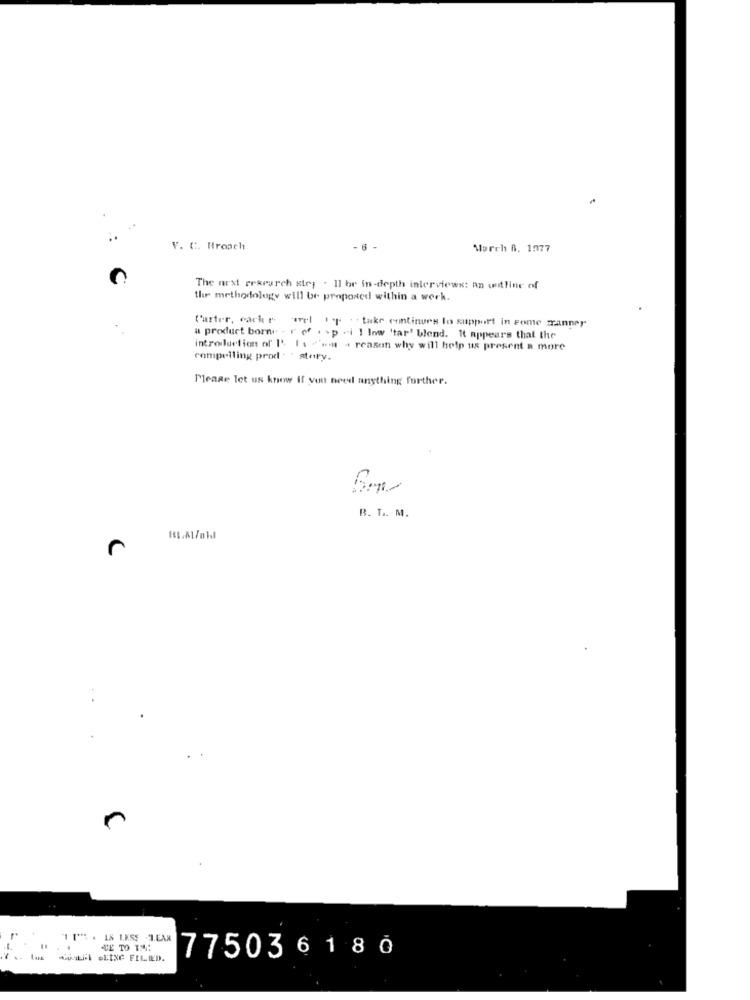
V. C. Rroach
- 6
March A. 1077
The next rexrarch stry . 11 br In-depth interviews: an outline of
the methodology will be proposed within a werk.
Carter, cache arel ip take continues to support in game manner
a product borne - r of . . p .- i ! low 'tar' blend. It appears that the
introduction of' I' Is "'>a + reason why will help us present a more
compelling prod : " story.
Please let us know If you need anything forther.
B. L. M.
TE TO THE
775036180
Las QUEil BEING FILLED.